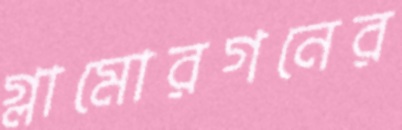
গ্লামোরগনের